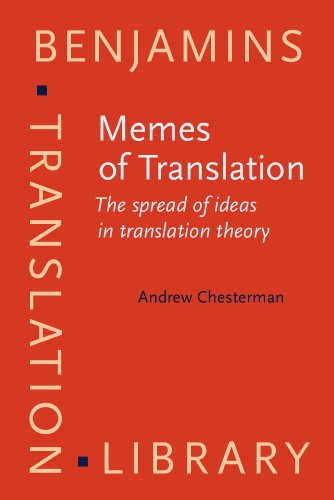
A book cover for Memes of Translation: The spread of ideas in translation theory (Benjamins Translation Library); Andrew Chesterman; Reference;